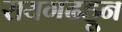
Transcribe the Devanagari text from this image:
रायगढहून